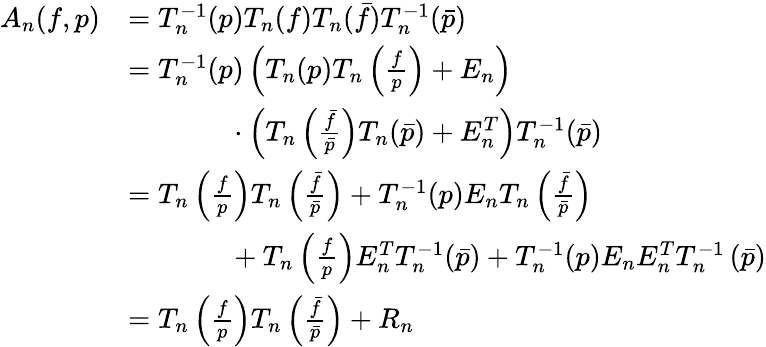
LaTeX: \begin{array}{rl}{A_{n}(f,p)}&{=T_{n}^{-1}(p)T_{n}(f)T_{n}(\bar{f})T_{n}^{-1}(\bar{p})}\\ &{=T_{n}^{-1}(p)\left(T_{n}(p)T_{n}\left(\frac{f}{p}\right)+E_{n}\right)}\\ &{\phantom{A_{n}(f,p)}\cdot\left(T_{n}\left(\frac{\bar{f}}{\bar{p}}\right)T_{n}(\bar{p})+E_{n}^{T}\right)T_{n}^{-1}(\bar{p})}\\ &{=T_{n}\left(\frac{f}{p}\right)T_{n}\left(\frac{\bar{f}}{\bar{p}}\right)+T_{n}^{-1}(p)E_{n}T_{n}\left(\frac{\bar{f}}{\bar{p}}\right)}\\ &{\phantom{A_{n}(f,p)}+T_{n}\left(\frac{f}{p}\right)E_{n}^{T}T_{n}^{-1}(\bar{p})+T_{n}^{-1}(p)E_{n}E_{n}^{T}T_{n}^{-1}\left(\bar{p}\right)}\\ &{=T_{n}\left(\frac{f}{p}\right)T_{n}\left(\frac{\bar{f}}{\bar{p}}\right)+R_{n}}\end{array}